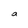
Character: a